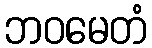
ဘဝမေတံ